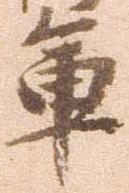
軍